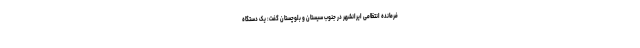
فرمانده انتظامی ایرانشهر در جنوب سیستان و بلوچستان گفت: یک دستگاه